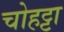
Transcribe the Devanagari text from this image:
चोहट्टा